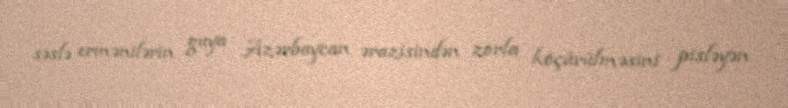
səslə ermənilərin guya Azərbaycan ərazisindən zorla köçürülməsini pisləyən